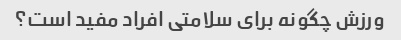
ورزش چگونه برای سلامتی افراد مفید است؟